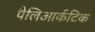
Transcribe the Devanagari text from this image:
पैलिआर्कटिक